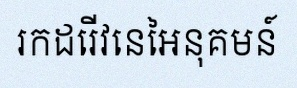
រកដេរីវេនៃអនុគមន៍